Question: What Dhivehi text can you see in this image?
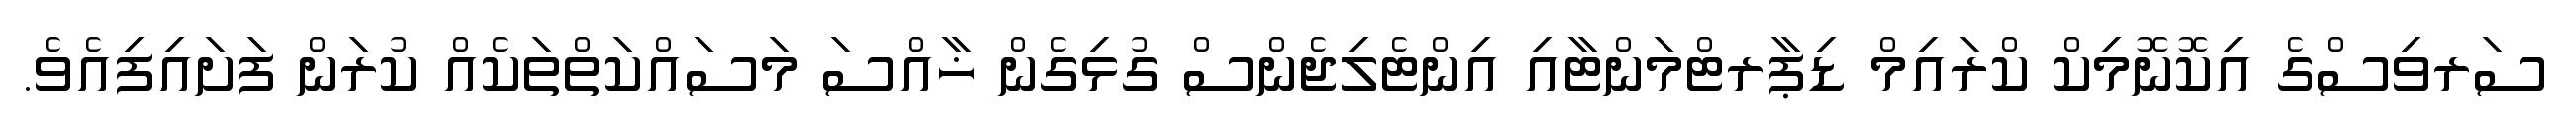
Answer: ސަރވިސްގެ އިކޮނޮމިކް ކްރައިމް ޑިޕާރޓްމަންޓާއި އިންޓެލިޖެންސް ގުޅިގެން ޚާއްސަ މަސައްކަތްތަކެއް ކުރަން ފަށައިފިއެވެ.